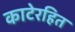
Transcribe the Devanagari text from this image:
काटेरहित